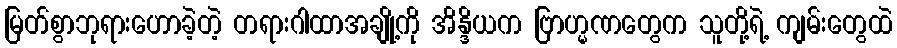
မြတ်စွာဘုရားဟောခဲ့တဲ့ တရားဂါထာအချို့ကို အိန္ဒိယက ဗြာဟ္မဏတွေက သူတို့ရဲ့ ကျမ်းတွေထဲ